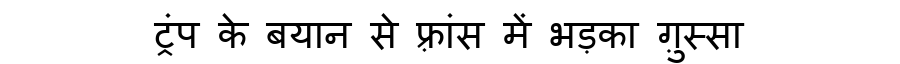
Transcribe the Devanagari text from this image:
ट्रंप के बयान से फ़्रांस में भड़का ग़ुस्सा